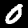
Digit: 0